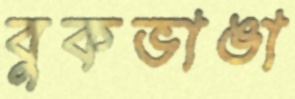
বুকভাঙা